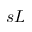
s L